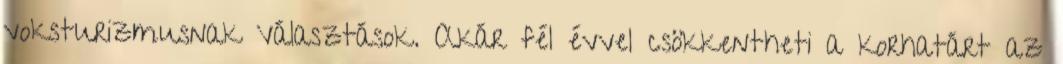
voksturizmusnak Választások. Akár fél évvel csökkentheti a korhatárt az